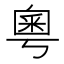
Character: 粵